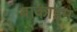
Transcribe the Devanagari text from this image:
बाकाइम